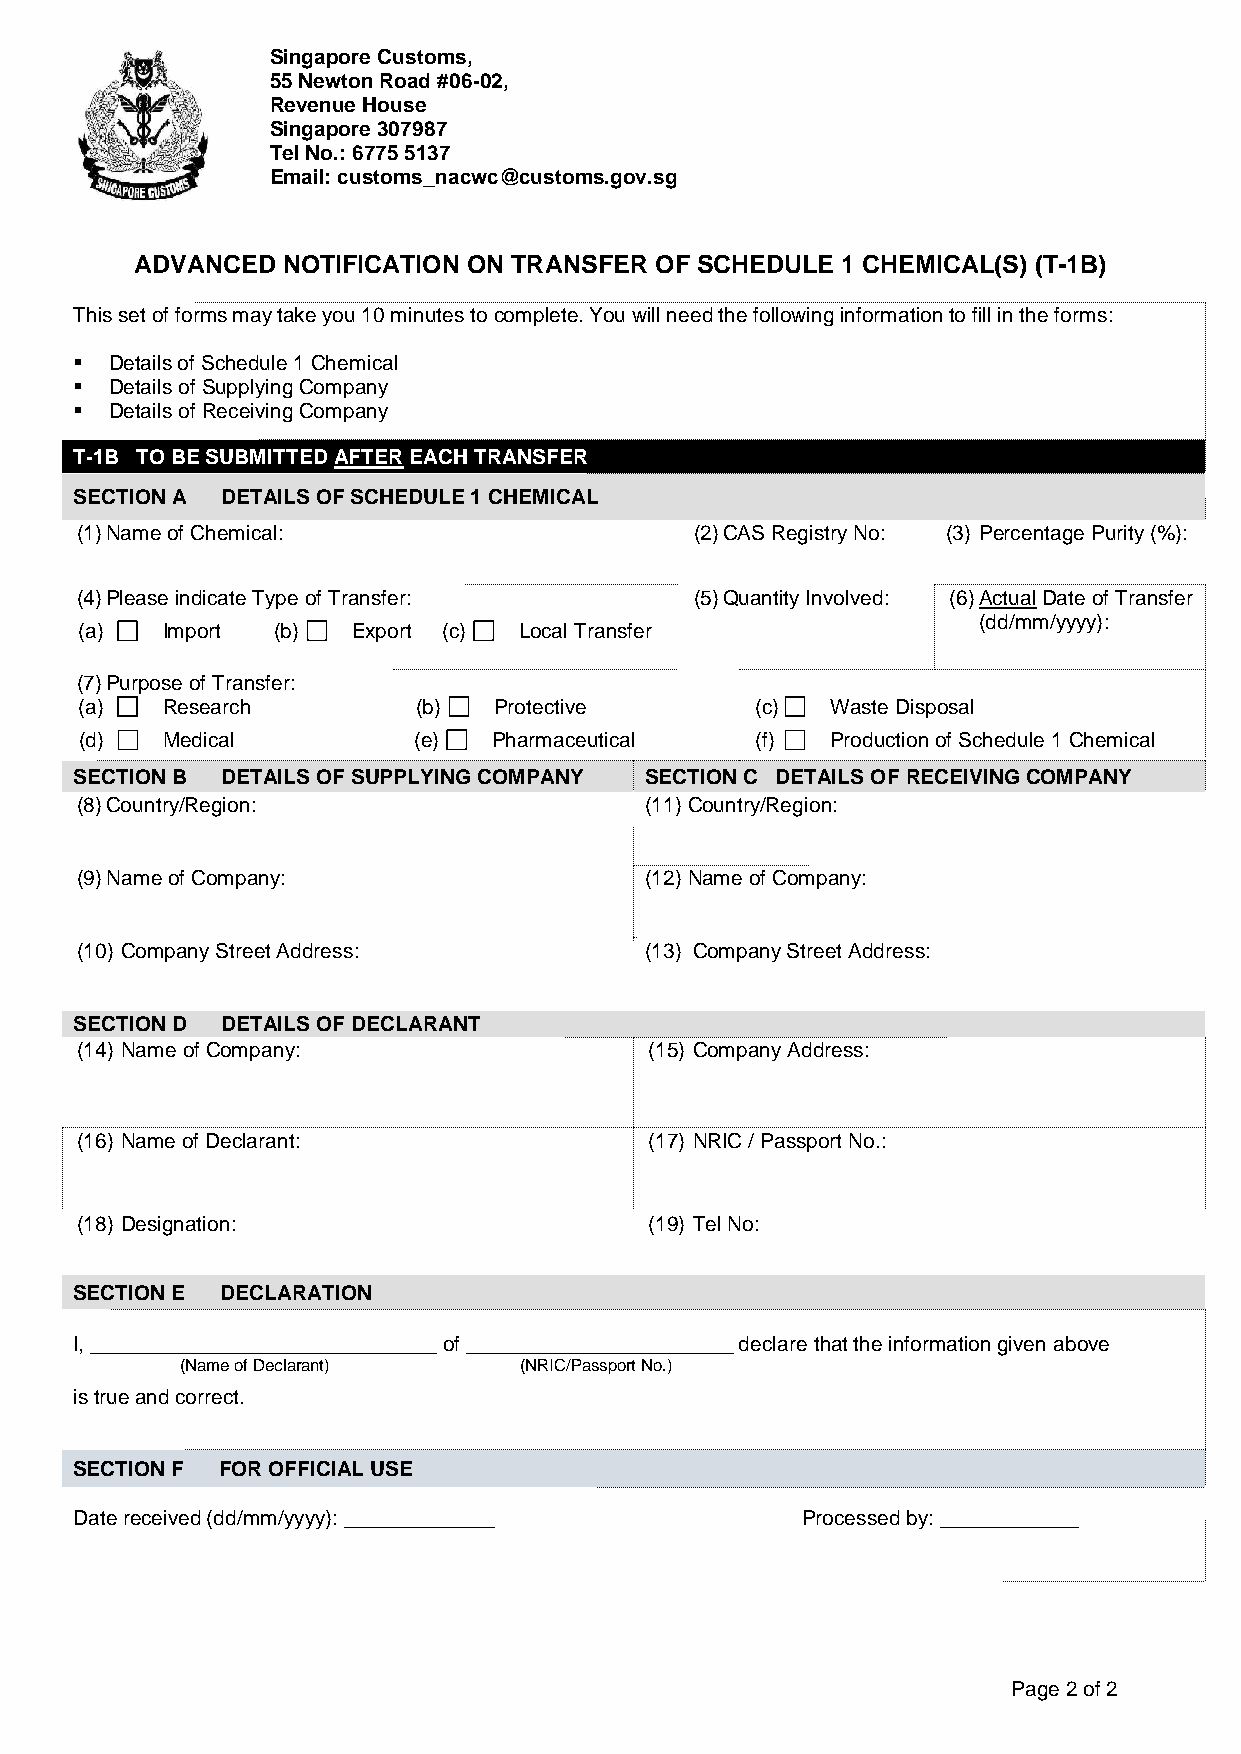
Singapore Customs,
 55 Newton Road #06-02,
 Revenue House
 Singapore 307987
 Tel No.: 6775 5137
 Email: customs_nacwc@customs.gov.sg
 ADVANCED  NOTIFICATION ON TRANSFER OF SCHEDULE 1 CHEMICAL(S) (T-1B)
 This set of forms may take you 10 minutes to complete. You will need the following information to fill in the forms:
 ▪ Details of Schedule 1 Chemical
 ▪ Details of Supplying Company
 ▪ Details of Receiving Company
 T-1B TO BE SUBMITTED AFTER EACH TRANSFER
 SECTION A DETAILS OF SCHEDULE 1 CHEMICAL
 (1) Name of Chemical:                    (2) CAS Registry No: (3) Percentage Purity (%):
 (4) Please indicate Type of Transfer:    (5) Quantity Involved: (6) Actual Date of Transfer
 (dd/mm/yyyy):
 (a)   Import (b)  Export (c) Local Transfer
 (7) Purpose of Transfer:
 (a)   Research         (b)  Protective       (c)  Waste Disposal
 (d)   Medical         (e)   Pharmaceutical   (f)  Production of Schedule 1 Chemical
 SECTION B DETAILS OF SUPPLYING COMPANY SECTION C DETAILS OF RECEIVING COMPANY
 (8) Country/Region:                   (11) Country/Region:
 (9) Name of Company:                  (12) Name of Company:
 (10) Company Street Address:          (13) Company Street Address:
 SECTION D DETAILS OF DECLARANT
 (14) Name of Company:                 (15) Company Address:
 (16) Name of Declarant:               (17) NRIC / Passport No.:
 (18) Designation:                     (19) Tel No:
 SECTION E DECLARATION
 I, ______________________________ of _______________________ declare that the information given above
 (Name of Declarant)   (NRIC/Passport No.)
 is true and correct.
 SECTION F FOR OFFICIAL USE
 Date received (dd/mm/yyyy): _____________       Processed by: ____________
 Page 2 of 2